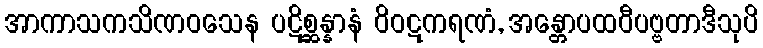
အာကာသကသိဏဝသေန ပဋိစ္ဆန္နာနံ ဝိဝဋကရဏံ, အန္တောပထဝီပဗ္ဗတာဒီသုပိ